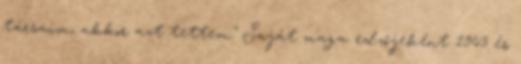
társaim, akkor azt tettem." Saját maga edzőjeként 1963 és